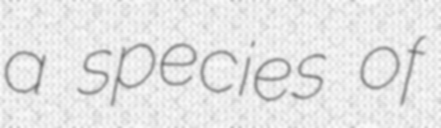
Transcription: a species of